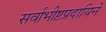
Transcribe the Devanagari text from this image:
सर्वाभीष्टप्रदायिने